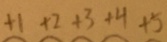
+ 1 + 2 + 3 + 4 + 5